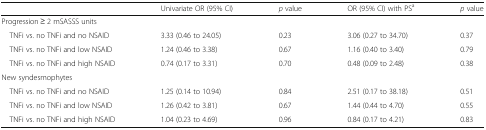
|  | Univariate OR (95% CI) | p value | OR (95% CI) with PSa | p value |
 | --- | --- | --- | --- | --- |
 | <COLSPAN=5> Progression ≥ 2 mSASSS units |
 | TNFi vs. no TNFi and no NSAID | 3.33 (0.46 to 24.05) | 0.23 | 3.06 (0.27 to 34.70) | 0.37 |
 | TNFi vs. no TNFi and low NSAID | 1.24 (0.46 to 3.38) | 0.67 | 1.16 (0.40 to 3.40) | 0.79 |
 | TNFi vs. no TNFi and high NSAID | 0.74 (0.17 to 3.31) | 0.70 | 0.48 (0.09 to 2.48) | 0.38 |
 | <COLSPAN=5> New syndesmophytes |
 | TNFi vs. no TNFi and no NSAID | 1.25 (0.14 to 10.94) | 0.84 | 2.51 (0.17 to 38.18) | 0.51 |
 | TNFi vs. no TNFi and low NSAID | 1.26 (0.42 to 3.81) | 0.67 | 1.44 (0.44 to 4.70) | 0.55 |
 | TNFi vs. no TNFi and high NSAID | 1.04 (0.23 to 4.69) | 0.96 | 0.84 (0.17 to 4.21) | 0.83 |